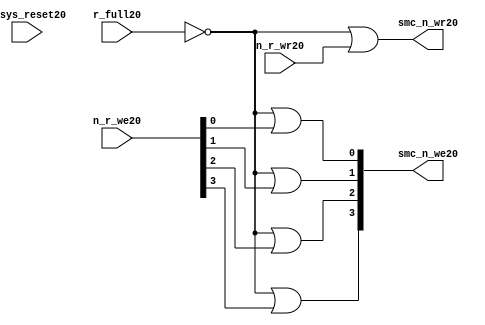
//File20 name   : smc_wr_enable_lite20.v
//Title20       : 
//Created20     : 1999
//Description20 : 
//Notes20       : 
//----------------------------------------------------------------------
//   Copyright20 1999-2010 Cadence20 Design20 Systems20, Inc20.
//   All Rights20 Reserved20 Worldwide20
//
//   Licensed20 under the Apache20 License20, Version20 2.0 (the
//   "License20"); you may not use this file except20 in
//   compliance20 with the License20.  You may obtain20 a copy of
//   the License20 at
//
//       http20://www20.apache20.org20/licenses20/LICENSE20-2.0
//
//   Unless20 required20 by applicable20 law20 or agreed20 to in
//   writing, software20 distributed20 under the License20 is
//   distributed20 on an "AS20 IS20" BASIS20, WITHOUT20 WARRANTIES20 OR20
//   CONDITIONS20 OF20 ANY20 KIND20, either20 express20 or implied20.  See
//   the License20 for the specific20 language20 governing20
//   permissions20 and limitations20 under the License20.
//----------------------------------------------------------------------


  module smc_wr_enable_lite20 (

                      //inputs20                      

                      n_sys_reset20,
                      r_full20,
                      n_r_we20,
                      n_r_wr20,

                      //outputs20

                      smc_n_we20,
                      smc_n_wr20);

//I20/O20
   
   input             n_sys_reset20;   //system reset
   input             r_full20;    // Full cycle write strobe20
   input [3:0]       n_r_we20;    //write enable from smc_strobe20
   input             n_r_wr20;    //write strobe20 from smc_strobe20
   output [3:0]      smc_n_we20;  // write enable (active low20)
   output            smc_n_wr20;  // write strobe20 (active low20)
   
   
//output reg declaration20.
   
   reg [3:0]          smc_n_we20;
   reg                smc_n_wr20;

//----------------------------------------------------------------------
// negedge strobes20 with clock20.
//----------------------------------------------------------------------
      

//----------------------------------------------------------------------
      
//--------------------------------------------------------------------
// Gate20 Write strobes20 with clock20.
//--------------------------------------------------------------------

  always @(r_full20 or n_r_we20)
  
  begin
  
     smc_n_we20[0] = ((~r_full20  ) | n_r_we20[0] );

     smc_n_we20[1] = ((~r_full20  ) | n_r_we20[1] );

     smc_n_we20[2] = ((~r_full20  ) | n_r_we20[2] );

     smc_n_we20[3] = ((~r_full20  ) | n_r_we20[3] );

  
  end

//--------------------------------------------------------------------   
//write strobe20 generation20
//--------------------------------------------------------------------   

  always @(n_r_wr20 or r_full20 )
  
     begin
  
        smc_n_wr20 = ((~r_full20 ) | n_r_wr20 );
       
     end

endmodule // smc_wr_enable20